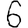
Digit: 6